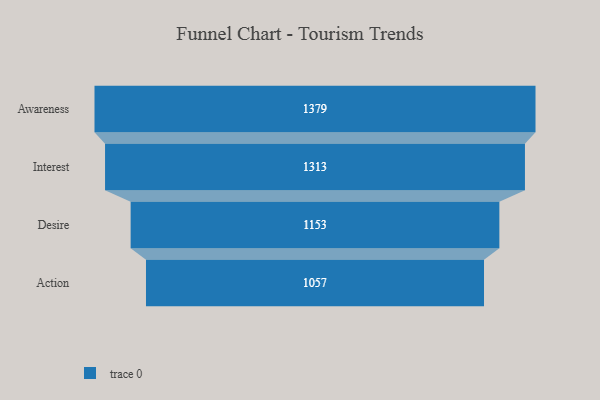
{"axis": {"x": "Stage", "y": "Value"}, "legend": [""], "data": [{"x": "Awareness", "y": 1379.0, "type": ""}, {"x": "Interest", "y": 1313.0, "type": ""}, {"x": "Desire", "y": 1153.0, "type": ""}, {"x": "Action", "y": 1057.0, "type": ""}]}